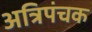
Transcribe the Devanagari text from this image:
अत्रिपंचक